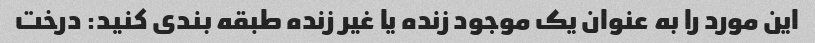
این مورد را به عنوان یک موجود زنده یا غیر زنده طبقه بندی کنید: درخت